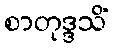
စာတုဒ္ဒသိံ